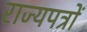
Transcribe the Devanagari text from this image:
राज्यपत्रों